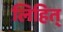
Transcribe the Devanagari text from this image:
लिहित्